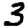
Digit: 3